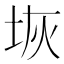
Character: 𭎑